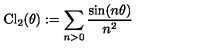
\mathrm { C l } _ { 2 } ( \theta ) : = \sum _ { n > 0 } \frac { \sin ( n \theta ) } { n ^ { 2 } }